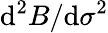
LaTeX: \mathrm{d}^{2}B/\mathrm{d}\sigma^{2}